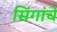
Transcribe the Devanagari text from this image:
सिंगांचे